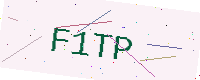
Text: F1TP